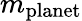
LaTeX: m_{\mathrm{planet}}